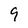
Character: 9